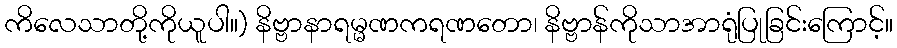
ကိလေသာတို့ကိုယူပါ။) နိဗ္ဗာနာရမ္မဏကရဏတော၊ နိဗ္ဗာန်ကိုသာအာရုံပြုခြင်းကြောင့်။